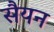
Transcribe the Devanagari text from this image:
सैयन